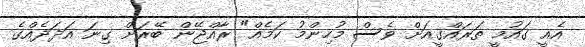
އެއީ ގައުމީ ތަރައްގީއަށް ވެސް މުހިންމު ކަމެއް" ރާއްޖޭން ބޭރަށް ގިނަ އަދަދެއްގެ